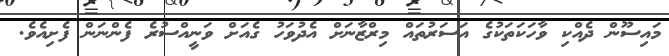
މައިސޫން ދެއްކި ވާހަކަތަކުގެ އަސަރުތައް މިރްޒާނަށް އެދުވަހު ގެއަށް ވަނީއްސުރެ ފެންނަން ފެށިއެވެ.